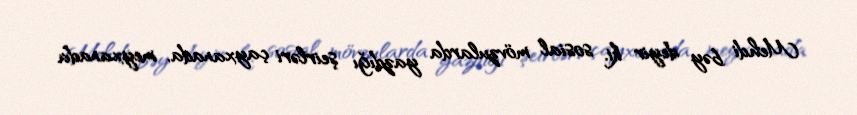
Mehdi bəy deyir ki, sosial mövzularda yazdığı şeirləri çayxanada, meyxanada